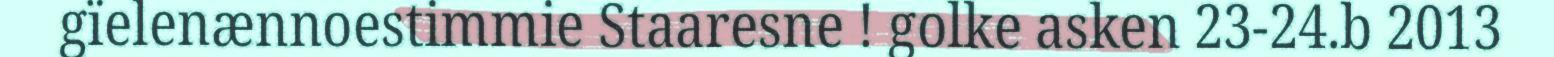
gïelenænnoestimmie Staaresne ! golke asken 23-24.b 2013